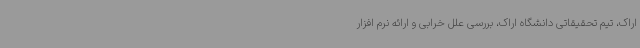
اراک، تیم تحقیقاتی دانشگاه اراک، بررسی علل خرابی و ارائه نرم افزار